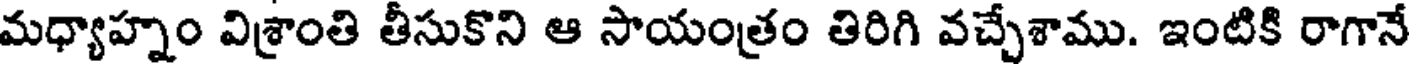
మధ్యాహ్నం విశ్రాంతి తీసుకొని ఆ సాయంత్రం తిరిగి వచ్చేశాము. ఇంటికి రాగానే